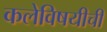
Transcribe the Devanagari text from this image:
कलेविषयीची